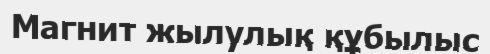
Магнит жылулық құбылыс